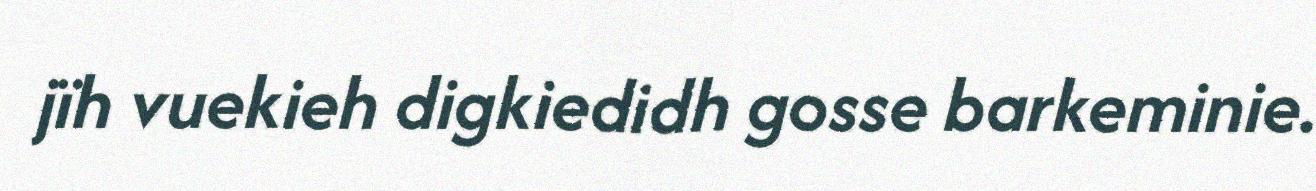
jïh vuekieh digkiedidh gosse barkeminie.